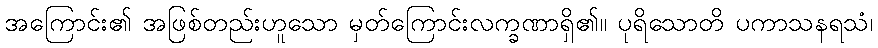
အကြောင်း၏ အဖြစ်တည်းဟူသော မှတ်ကြောင်းလက္ခဏာရှိ၏။ ပုရိသောတိ ပကာသနရသံ၊